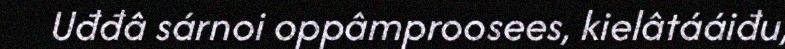
Uđđâ sárnoi oppâmproosees, kielâtááiđu,